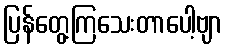
ပြန်တွေ့ကြသေးတာပေါ့ဗျာ